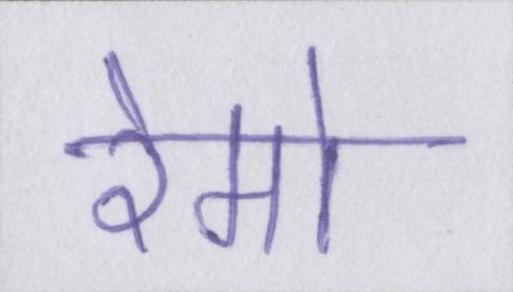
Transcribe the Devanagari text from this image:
रेमो